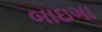
બાઇગા